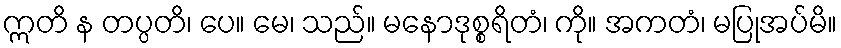
ဣတိ န တပ္ပတိ၊ ပေ။ မေ၊ သည်။ မနောဒုစ္စရိတံ၊ ကို။ အကတံ၊ မပြုအပ်မိ။